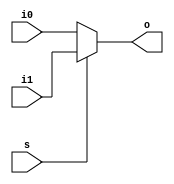
module MuxIf(i0 , i1 , s , o);
	
	input  i0 , i1 , s;
	output reg o;
	always @(i0 , i1 , s)
		if(s==0)
			o=i0;
		else
			o=i1;
	
endmodule